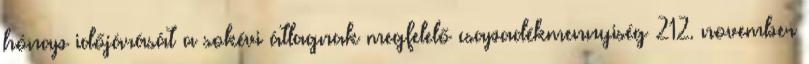
hónap időjárását a sokévi átlagnak megfelelő csapadékmennyiség 212. november